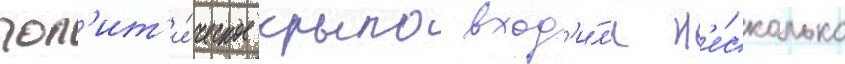
пол'ит'и́ческое крыло вход'и́л'и н'е́сколько